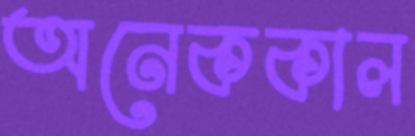
অনেককাল